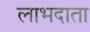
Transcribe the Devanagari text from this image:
लाभदाता